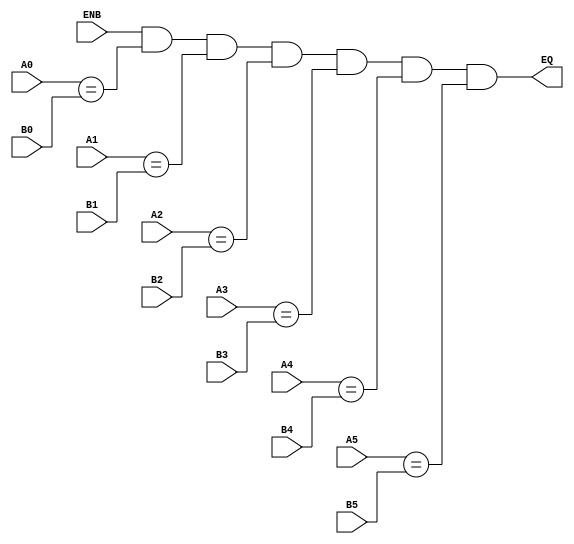
/*
 * $Id$
 */

module part_93S46(A0, A1, A2, A3, A4, A5,
	B0, B1, B2, B3, B4, B5,
	ENB, EQ);

  input A0, A1, A2, A3, A4, A5;
  input B0, B1, B2, B3, B4, B5;
  input ENB;
  output EQ;

  /* ... */
  assign EQ = ENB & (A0 == B0) & (A1 == B1) & (A2 == B2) &
		    (A3 == B3) & (A4 == B4) & (A5 == B5);

//  always @(ENB or A1 or B1 or A2 or B2 or A3 or B3 or A4 or B4 or A5 or B5)
//    $display("eq %d enb=%d, a %b b %b", EQ, ENB,
//	 {A1,A2,A3,A4,A5}, {B1,B2,B3,B4,B5});

endmodule